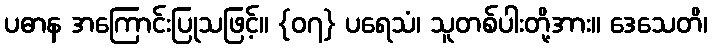
ပဓာန အကြောင်းပြုသဖြင့်။ {၀၇} ပရေသံ၊ သူတစ်ပါးတို့အား။ ဒေသေတိ၊